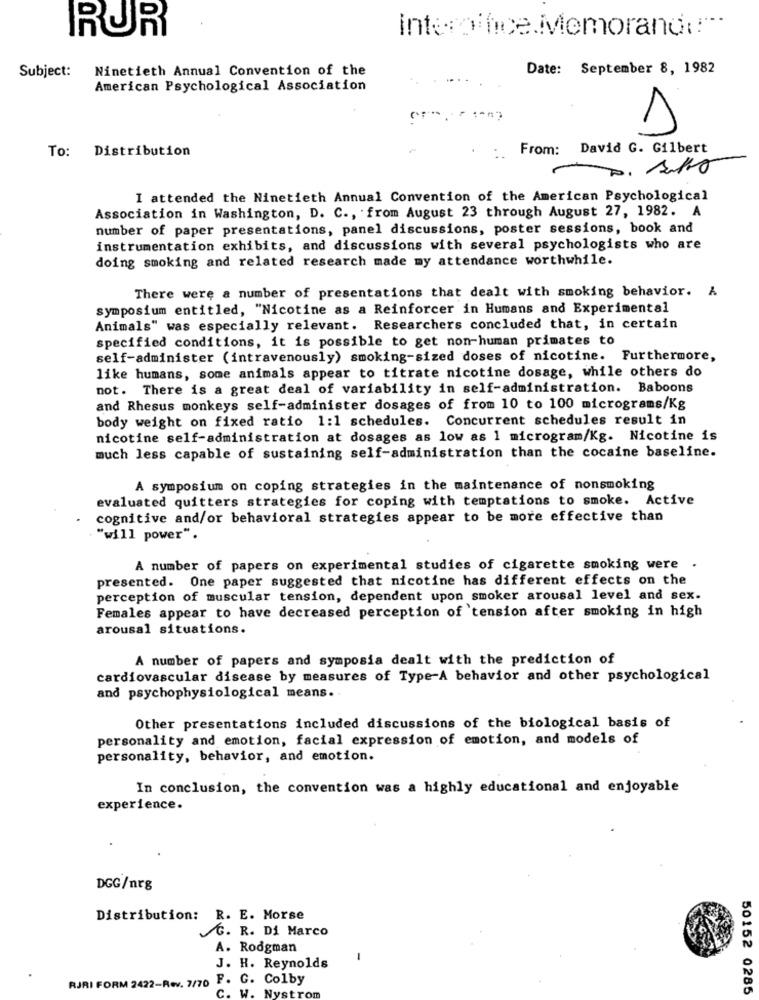
RUR
interoffice.Memorand ::--
Date: September 8, 1982
Subject:
Ninetieth Annual Convention of the
American Psychological Association
1
To: Distribution
:. From: David G. Gilbert
I attended the Ninetieth Annual Convention of the American Psychological
Association in Washington, D. C ., from August 23 through August 27, 1982. A
number of paper presentations, panel discussions, poster sessions, book and
instrumentation exhibits, and discussions with several psychologists who are
doing smoking and related research made my attendance worthwhile.
There were a number of presentations that dealt with smoking behavior. A
symposium entitled, "Nicotine as a Reinforcer in Humans and Experimental
Animals" was especially relevant. Researchers concluded that, in certain
specified conditions, it is possible to get non-human primates to
self-administer (intravenously) smoking-sized doses of nicotine. Furthermore,
like humans, some animals appear to titrate nicotine dosage, while others do
not. There is a great deal of variability in self-administration. Baboons
and Rhesus monkeys self-administer dosages of from 10 to 100 micrograms/Kg
body weight on fixed ratio 1:1 schedules. Concurrent schedules result in
nicotine self-administration at dosages as low as 1 microgram/Kg. Nicotine is
much less capable of sustaining self-administration than the cocaine baseline.
A symposium on coping strategies in the maintenance of nonsmoking
evaluated quitters strategies for coping with temptations to smoke. Active
cognitive and/or behavioral strategies appear to be more effective than
"will power".
A number of papers on experimental studies of cigarette smoking were .
presented. One paper suggested that nicotine has different effects on the
perception of muscular tension, dependent upon smoker arousal level and sex.
Females appear to have decreased perception of tension after smoking in high
arousal situations.
A number of papers and symposia dealt with the prediction of
cardiovascular disease by measures of Type-A behavior and other psychological
and psychophysiological means.
Other presentations included discussions of the biological basis of
personality and emotion, facial expression of emotion, and models of
personality, behavior, and emotion.
In conclusion, the convention was a highly educational and enjoyable
experience.
DGG/nrg
Distribution: R. E. Morse
G. R. Di Marco
A. Rodgman
-
J. H. Reynolds
F. G. Colby
RJRI FORM 2422-Rev. 7/70
50152 0285
Nyst
rom